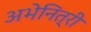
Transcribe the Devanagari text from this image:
अभेनित्री